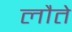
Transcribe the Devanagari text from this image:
लौते